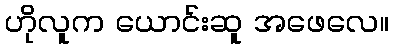
ဟိုလူက ယောင်းဆူ အဖေလေ။